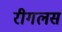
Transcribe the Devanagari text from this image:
रीगलस